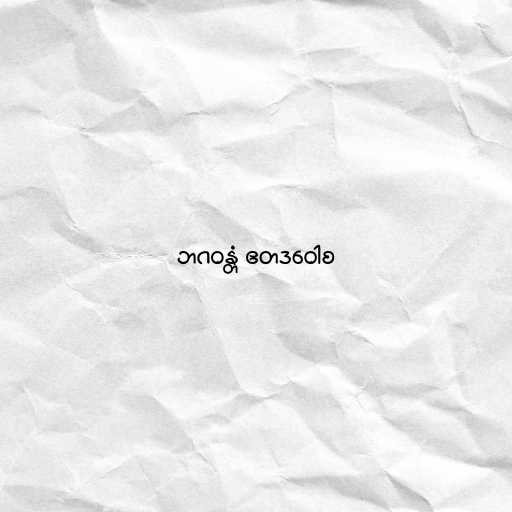
ဘဂဝန္တံ ဧတဒဝေါစ